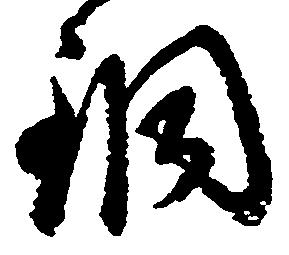
銅